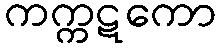
ကက္ကဋကော